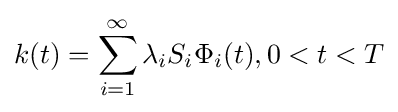
k(t)=\sum _{i=1}^{\infty }\lambda _{i}S_{i}\Phi _{i}(t),0<t<T